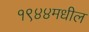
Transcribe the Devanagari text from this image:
१९४४मधील